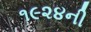
૧૯૨૪ની